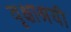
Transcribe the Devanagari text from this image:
वृक्षाश्रयी